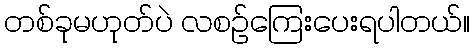
တစ်ခုမဟုတ်ပဲ လစဉ်ကြေးပေးရပါတယ်။